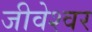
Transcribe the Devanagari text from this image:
जीवेश्वर